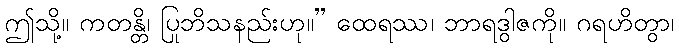
ဤသို့။ ကတန္တိ၊ ပြုဘိသနည်းဟု။” ထေရဿ၊ ဘာရဒွါဇကို။ ဂရဟိတွာ၊